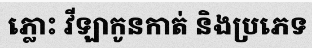
ភ្លោះ វីឡាកូនកាត់ និងប្រភេទ